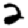
Digit: 2